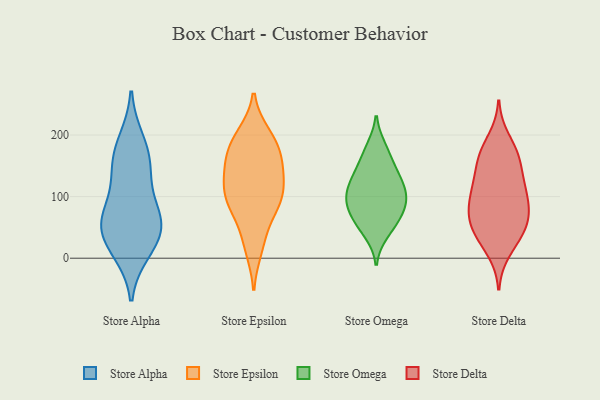
{"axis": {"x": "Gross Profit (USD K)", "y": "Value"}, "legend": ["Store Alpha", "Store Delta", "Store Epsilon", "Store Omega"], "data": [{"x": "", "y": 20, "type": "Store Alpha"}, {"x": "", "y": 46, "type": "Store Alpha"}, {"x": "", "y": 82, "type": "Store Alpha"}, {"x": "", "y": 170, "type": "Store Alpha"}, {"x": "", "y": 190, "type": "Store Alpha"}, {"x": "", "y": 136, "type": "Store Alpha"}, {"x": "", "y": 58, "type": "Store Alpha"}, {"x": "", "y": 12, "type": "Store Alpha"}, {"x": "", "y": 146, "type": "Store Alpha"}, {"x": "", "y": 51, "type": "Store Alpha"}, {"x": "", "y": 67, "type": "Store Alpha"}, {"x": "", "y": 185, "type": "Store Epsilon"}, {"x": "", "y": 17, "type": "Store Epsilon"}, {"x": "", "y": 88, "type": "Store Epsilon"}, {"x": "", "y": 92, "type": "Store Epsilon"}, {"x": "", "y": 151, "type": "Store Epsilon"}, {"x": "", "y": 191, "type": "Store Epsilon"}, {"x": "", "y": 109, "type": "Store Epsilon"}, {"x": "", "y": 137, "type": "Store Epsilon"}, {"x": "", "y": 33, "type": "Store Epsilon"}, {"x": "", "y": 90, "type": "Store Epsilon"}, {"x": "", "y": 199, "type": "Store Epsilon"}, {"x": "", "y": 177, "type": "Store Epsilon"}, {"x": "", "y": 90, "type": "Store Epsilon"}, {"x": "", "y": 128, "type": "Store Epsilon"}, {"x": "", "y": 151, "type": "Store Epsilon"}, {"x": "", "y": 96, "type": "Store Omega"}, {"x": "", "y": 41, "type": "Store Omega"}, {"x": "", "y": 118, "type": "Store Omega"}, {"x": "", "y": 101, "type": "Store Omega"}, {"x": "", "y": 169, "type": "Store Omega"}, {"x": "", "y": 124, "type": "Store Omega"}, {"x": "", "y": 135, "type": "Store Omega"}, {"x": "", "y": 62, "type": "Store Omega"}, {"x": "", "y": 55, "type": "Store Omega"}, {"x": "", "y": 91, "type": "Store Omega"}, {"x": "", "y": 141, "type": "Store Omega"}, {"x": "", "y": 179, "type": "Store Omega"}, {"x": "", "y": 91, "type": "Store Omega"}, {"x": "", "y": 74, "type": "Store Omega"}, {"x": "", "y": 60, "type": "Store Delta"}, {"x": "", "y": 72, "type": "Store Delta"}, {"x": "", "y": 115, "type": "Store Delta"}, {"x": "", "y": 111, "type": "Store Delta"}, {"x": "", "y": 164, "type": "Store Delta"}, {"x": "", "y": 174, "type": "Store Delta"}, {"x": "", "y": 61, "type": "Store Delta"}, {"x": "", "y": 164, "type": "Store Delta"}, {"x": "", "y": 63, "type": "Store Delta"}, {"x": "", "y": 194, "type": "Store Delta"}, {"x": "", "y": 37, "type": "Store Delta"}, {"x": "", "y": 96, "type": "Store Delta"}, {"x": "", "y": 77, "type": "Store Delta"}, {"x": "", "y": 157, "type": "Store Delta"}, {"x": "", "y": 115, "type": "Store Delta"}, {"x": "", "y": 11, "type": "Store Delta"}, {"x": "", "y": 99, "type": "Store Delta"}, {"x": "", "y": 28, "type": "Store Delta"}, {"x": "", "y": 43, "type": "Store Delta"}, {"x": "", "y": 137, "type": "Store Delta"}]}